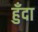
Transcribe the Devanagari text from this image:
हुँदा